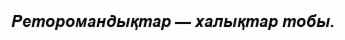
Реторомандықтар — халықтар тобы.